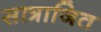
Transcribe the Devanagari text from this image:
सात्राजित